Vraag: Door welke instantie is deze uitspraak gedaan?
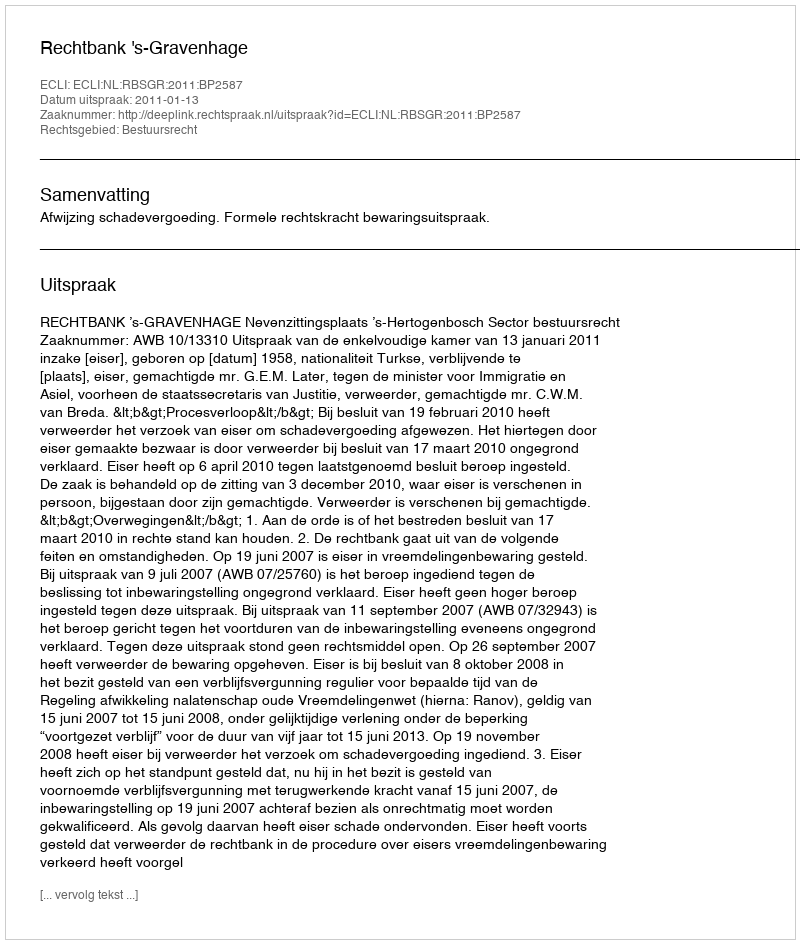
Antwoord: Rechtbank 's-Gravenhage